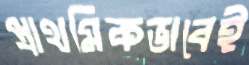
প্রাথমিকভাবেই